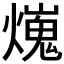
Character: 𤐜